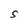
Character: S